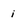
Character: i